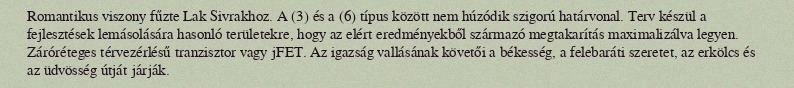
Romantikus viszony fűzte Lak Sivrakhoz. A (3) és a (6) típus között nem húzódik szigorú határvonal. Terv készül a fejlesztések lemásolására hasonló területekre, hogy az elért eredményekből származó megtakarítás maximalizálva legyen. Záróréteges térvezérlésű tranzisztor vagy jFET. Az igazság vallásának követői a békesség, a felebaráti szeretet, az erkölcs és az üdvösség útját járják.